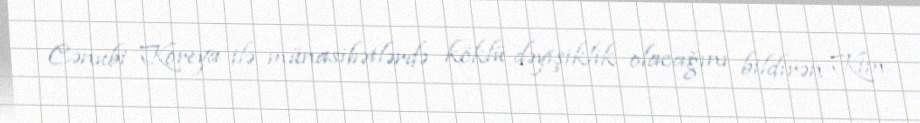
Cənubi Koreya ilə münasibətlərdə köklü dəyişiklik olacağını bildirən Kim